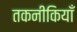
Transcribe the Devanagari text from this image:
तकनीकियाँ